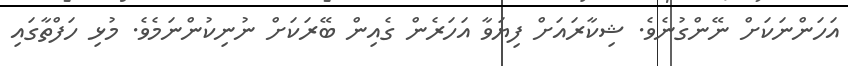
އަހަންނަކަށް ނޭންގުނެވެ. ޝިކާރައަށް ފިޔަވާ އަހަރެން ގެއިން ބޭރަކަށް ނުނިކުންނަމެވެ. މުޅި ހަފްތާގައި